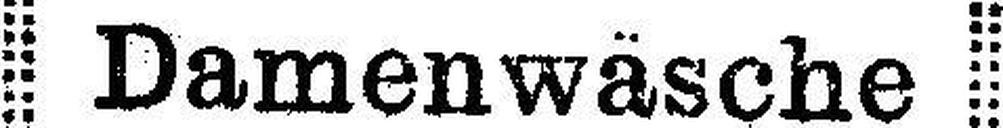
Damenwäsche